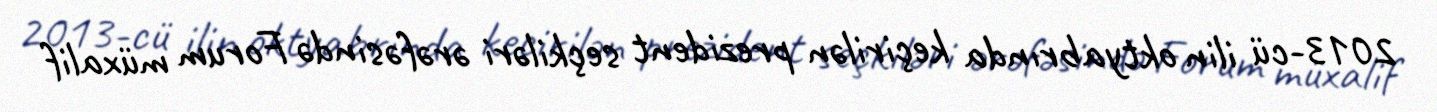
2013-cü ilin oktyabrında keçirilən prezident seçkiləri ərəfəsində Forum müxalif